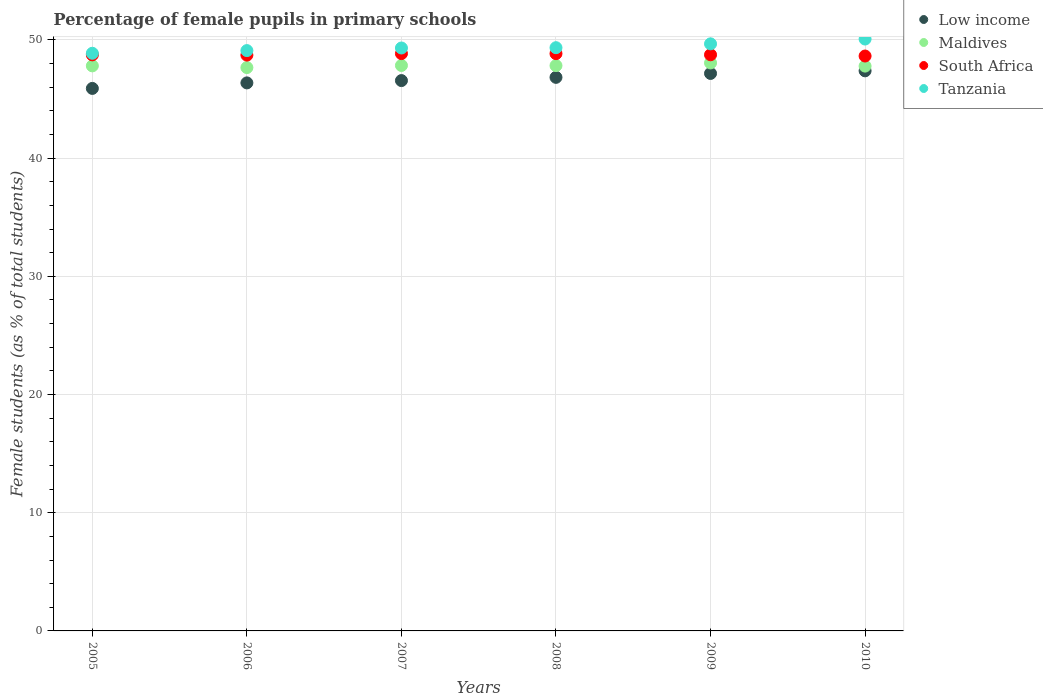
| Years | Low income | Maldives | South Africa | Tanzania |
 | --- | --- | --- | --- | --- |
 | 2005 | 45.9 | 47.8 | 48.7 | 48.9 |
 | 2006 | 46.4 | 47.7 | 48.7 | 49.1 |
 | 2007 | 46.6 | 47.8 | 48.8 | 49.3 |
 | 2008 | 46.8 | 47.8 | 48.8 | 49.3 |
 | 2009 | 47.2 | 48.1 | 48.7 | 49.7 |
 | 2010 | 47.4 | 47.8 | 48.6 | 50.1 |